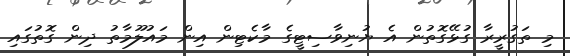
މި ތަގުރީރާ ގުޅޭގޮތުން އެ ޔުނިވާސިޓީގެ މާކެޓިން އިން މައުލޫމާތު ދިން ގޮތުގައި